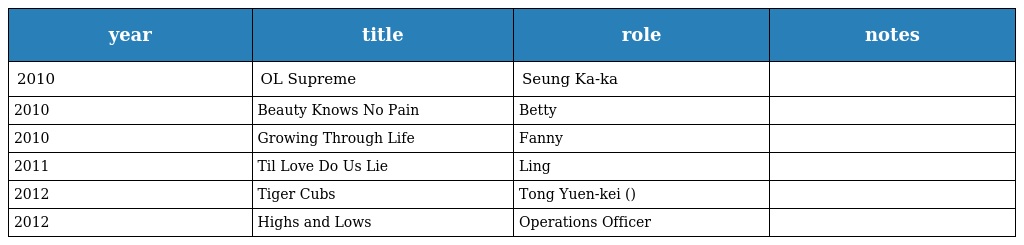
| year | title | role | notes |
 | --- | --- | --- | --- |
 | 2010 | OL Supreme | Seung Ka-ka |  |
 | 2010 | Beauty Knows No Pain | Betty |  |
 | 2010 | Growing Through Life | Fanny |  |
 | 2011 | Til Love Do Us Lie | Ling |  |
 | 2012 | Tiger Cubs | Tong Yuen-kei (唐宛琪) |  |
 | 2012 | Highs and Lows | Operations Officer |  |